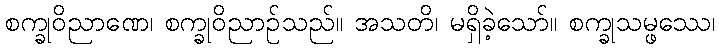
စက္ခုဝိညာဏေ၊ စက္ခုဝိညာဉ်သည်။ အသတိ၊ မရှိခဲ့သော်။ စက္ခုသမ္ဖဿေ၊